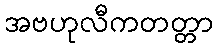
အဗဟုလီကတတ္တာ